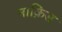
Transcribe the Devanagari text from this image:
नाक़िस